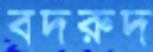
বদরুদ